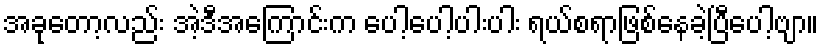
အခုတော့လည်း အဲ့ဒီအကြောင်းက ပေါ့ပေါ့ပါးပါး ရယ်စရာဖြစ်နေခဲ့ပြီပေါ့ဗျာ။